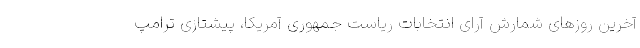
آخرین روزهای شمارش آرای انتخابات ریاست جمهوری آمریکا، پیشتازی ترامپ